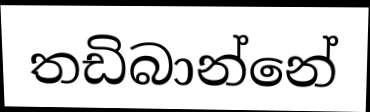
තඩිබාන්නේ